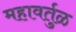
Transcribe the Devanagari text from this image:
महावर्तुळ